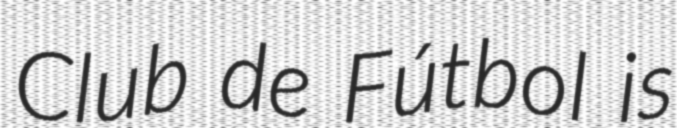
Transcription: Club de Fútbol is